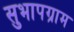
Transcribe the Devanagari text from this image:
सुभापग्राम